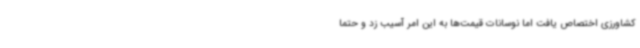
کشاورزی اختصاص یافت اما نوسانات قیمت‌ها به این امر آسیب زد و حتما